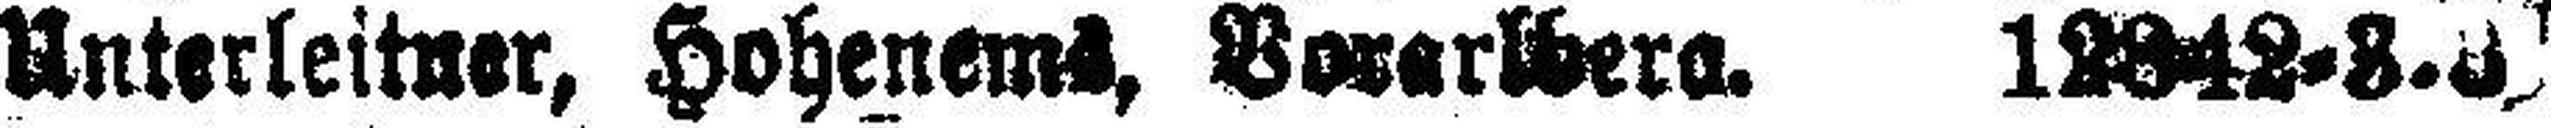
Unterleitner, Hohenems, Vorarlbera. 128•42=3.3